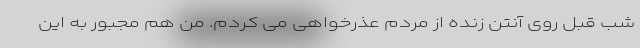
شب قبل روی آنتن زنده از مردم عذرخواهی می کردم. من هم مجبور به این